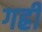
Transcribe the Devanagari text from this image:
गह्री